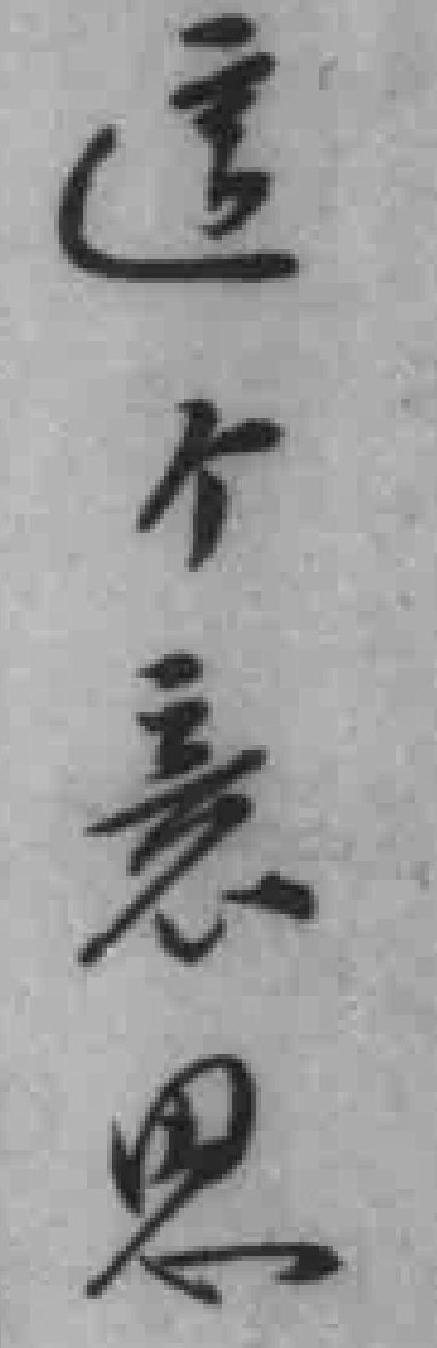
這个意思